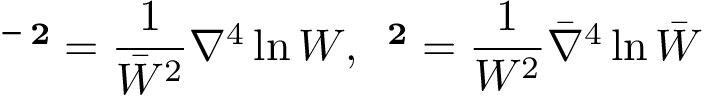
{ \bf \bar { \Psi } ^ { 2 } } = \frac { 1 } { \bar { \cal W } ^ { 2 } } \nabla ^ { 4 } \ln { \cal W } , \: { \bf \Psi ^ { 2 } } = \frac { 1 } { { \cal W } ^ { 2 } } \bar { \nabla } ^ { 4 } \ln \bar { \cal W }